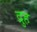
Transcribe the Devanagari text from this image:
द्रुह